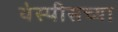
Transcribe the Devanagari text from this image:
थेस्पीसच्या